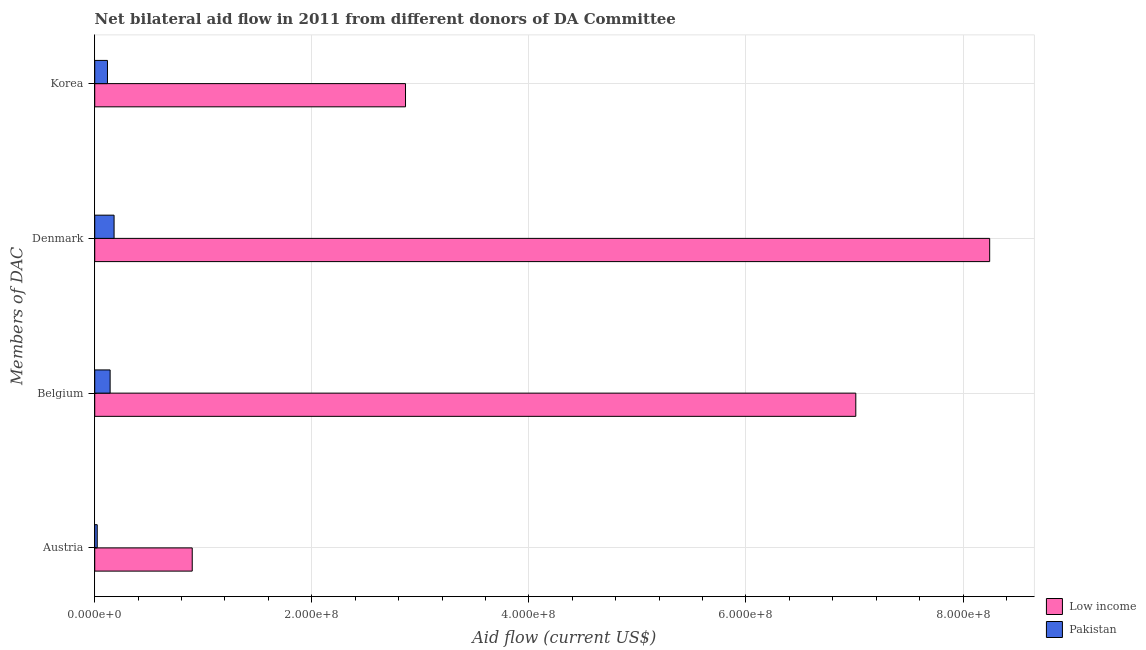
| Members of DAC | Low income | Pakistan |
 | --- | --- | --- |
 | Austria | 8.98e+07 | 2.3e+06 |
 | Belgium | 7.01e+08 | 1.42e+07 |
 | Denmark | 8.24e+08 | 1.78e+07 |
 | Korea | 2.86e+08 | 1.17e+07 |